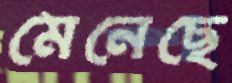
মেনেছে